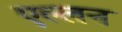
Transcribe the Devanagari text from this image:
एल्लन